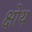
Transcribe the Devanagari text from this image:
क्षोथ